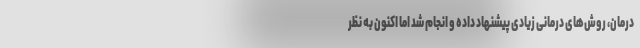
درمان، روش‌های درمانی زیادی پیشنهاد داده و انجام شد اما اکنون به نظر